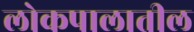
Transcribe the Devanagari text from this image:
लोकपालातील